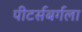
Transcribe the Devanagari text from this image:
पीटर्सबर्गला